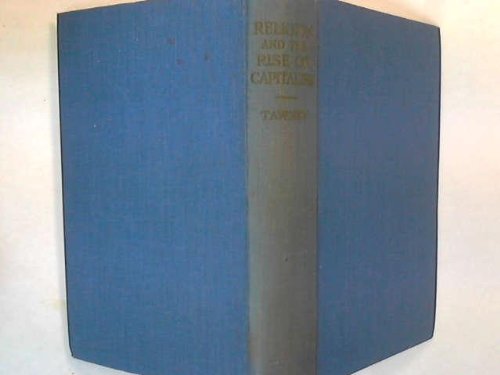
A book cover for Religion and the Rise of Capitalism; A Historical Study (Holland Memorial Lectures, 1922); r tawney; Business & Money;